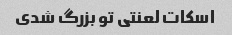
اسکات لعنتی تو بزرگ شدی